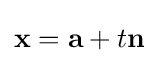
\mathbf {x} =\mathbf {a} +t\mathbf {n}